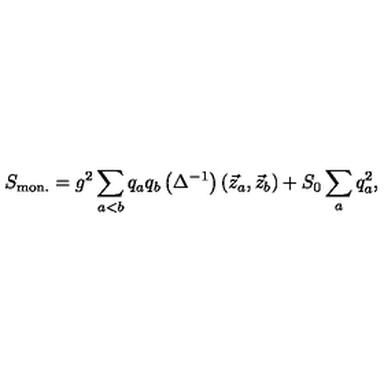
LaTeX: S _ { \mathrm { m o n . } } = g ^ { 2 } \sum _ { a < b } ^ { } q _ { a } q _ { b } \left( \Delta ^ { - 1 } \right) \left( \vec { z } _ { a } , \vec { z } _ { b } \right) + S _ { 0 } \sum _ { a } ^ { } q _ { a } ^ { 2 } ,